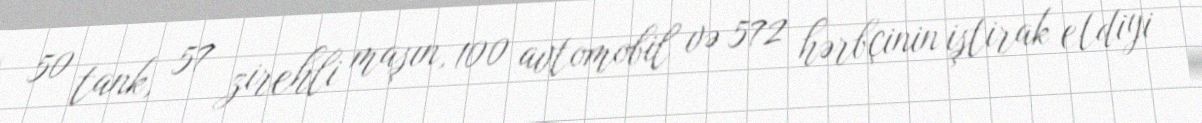
50 tank, 57 zirehli maşın, 100 avtomobil və 572 hərbçinin iştirak etdiyi